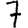
Digit: 7